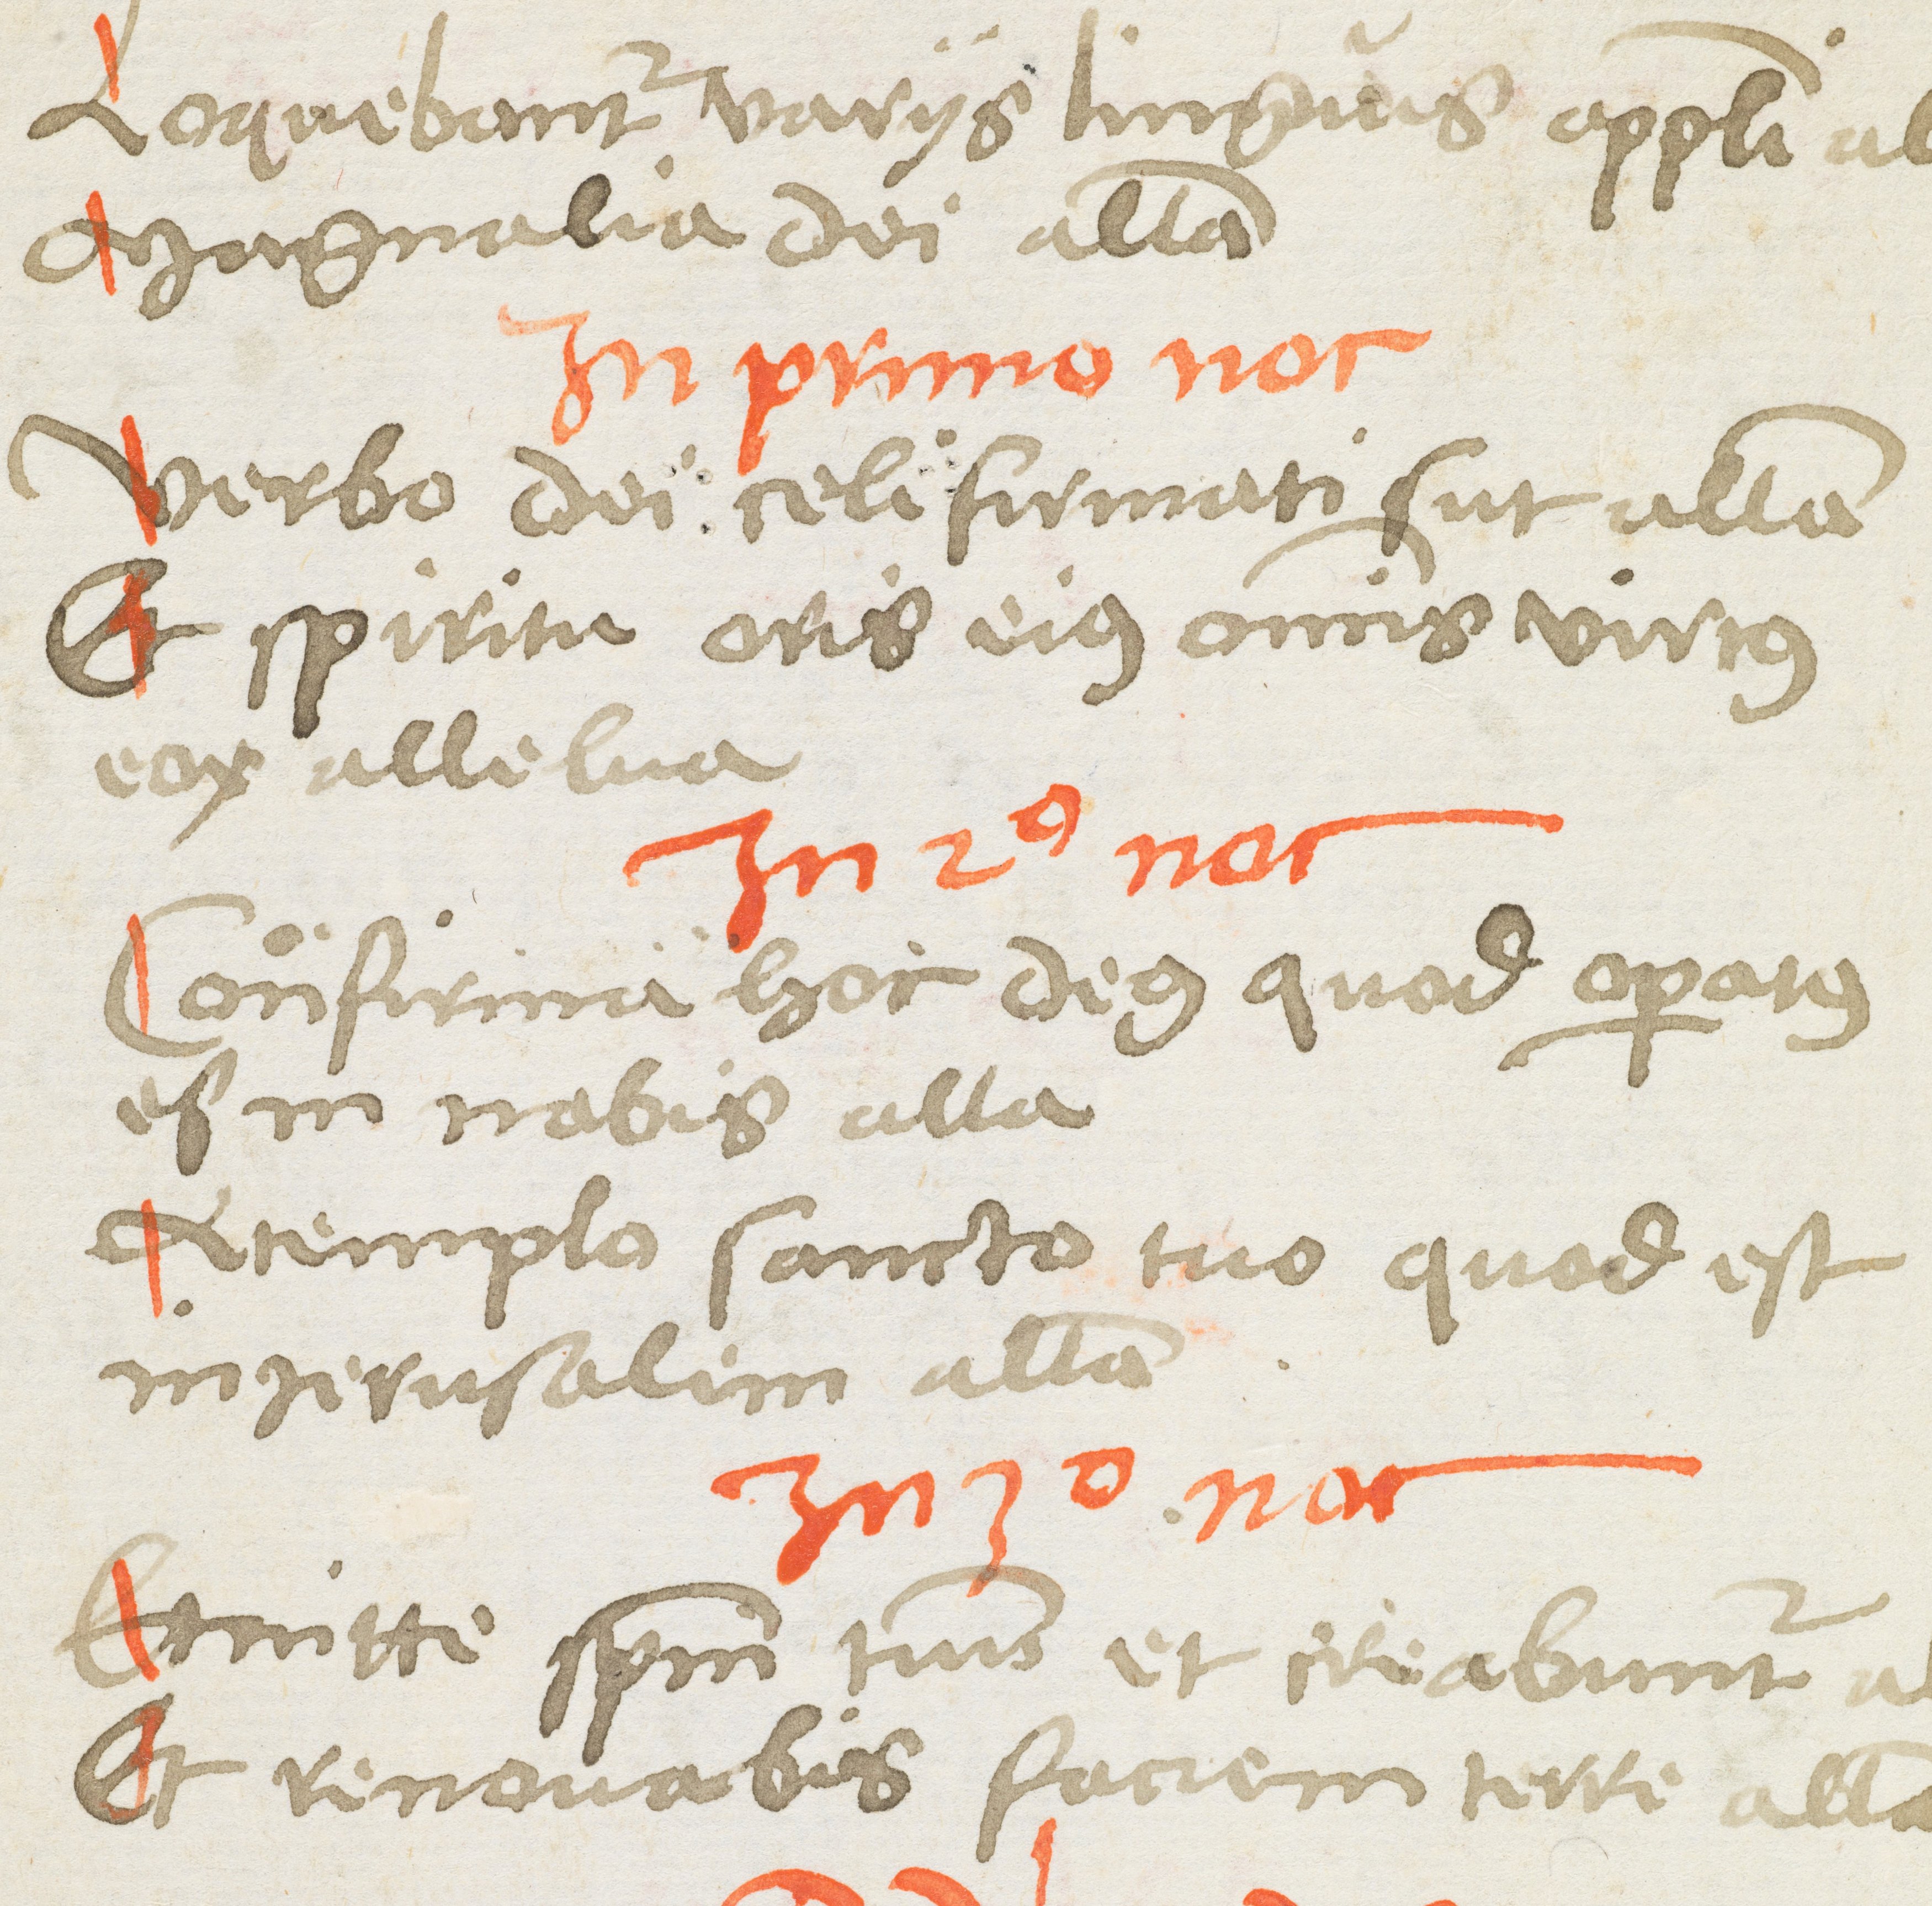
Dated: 1400–1499